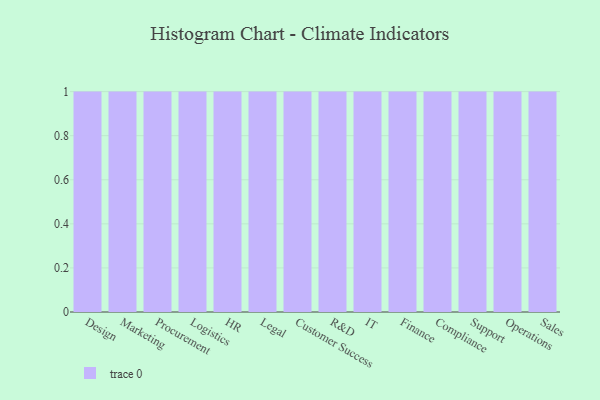
{"axis": {"x": "Department", "y": "Bounce Rate (%)"}, "legend": [""], "data": [{"x": "Design", "y": 15, "type": ""}, {"x": "Marketing", "y": 19, "type": ""}, {"x": "Procurement", "y": 56, "type": ""}, {"x": "Logistics", "y": 10, "type": ""}, {"x": "HR", "y": 94, "type": ""}, {"x": "Legal", "y": 11, "type": ""}, {"x": "Customer Success", "y": 64, "type": ""}, {"x": "R&D", "y": 94, "type": ""}, {"x": "IT", "y": 45, "type": ""}, {"x": "Finance", "y": 8, "type": ""}, {"x": "Compliance", "y": 7, "type": ""}, {"x": "Support", "y": 32, "type": ""}, {"x": "Operations", "y": 25, "type": ""}, {"x": "Sales", "y": 42, "type": ""}]}